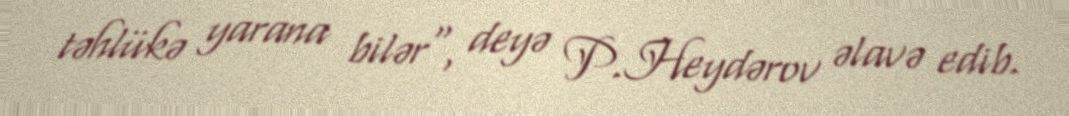
təhlükə yarana bilər", deyə P.Heydərov əlavə edib.